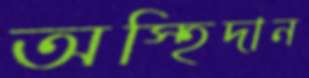
অস্হিদান